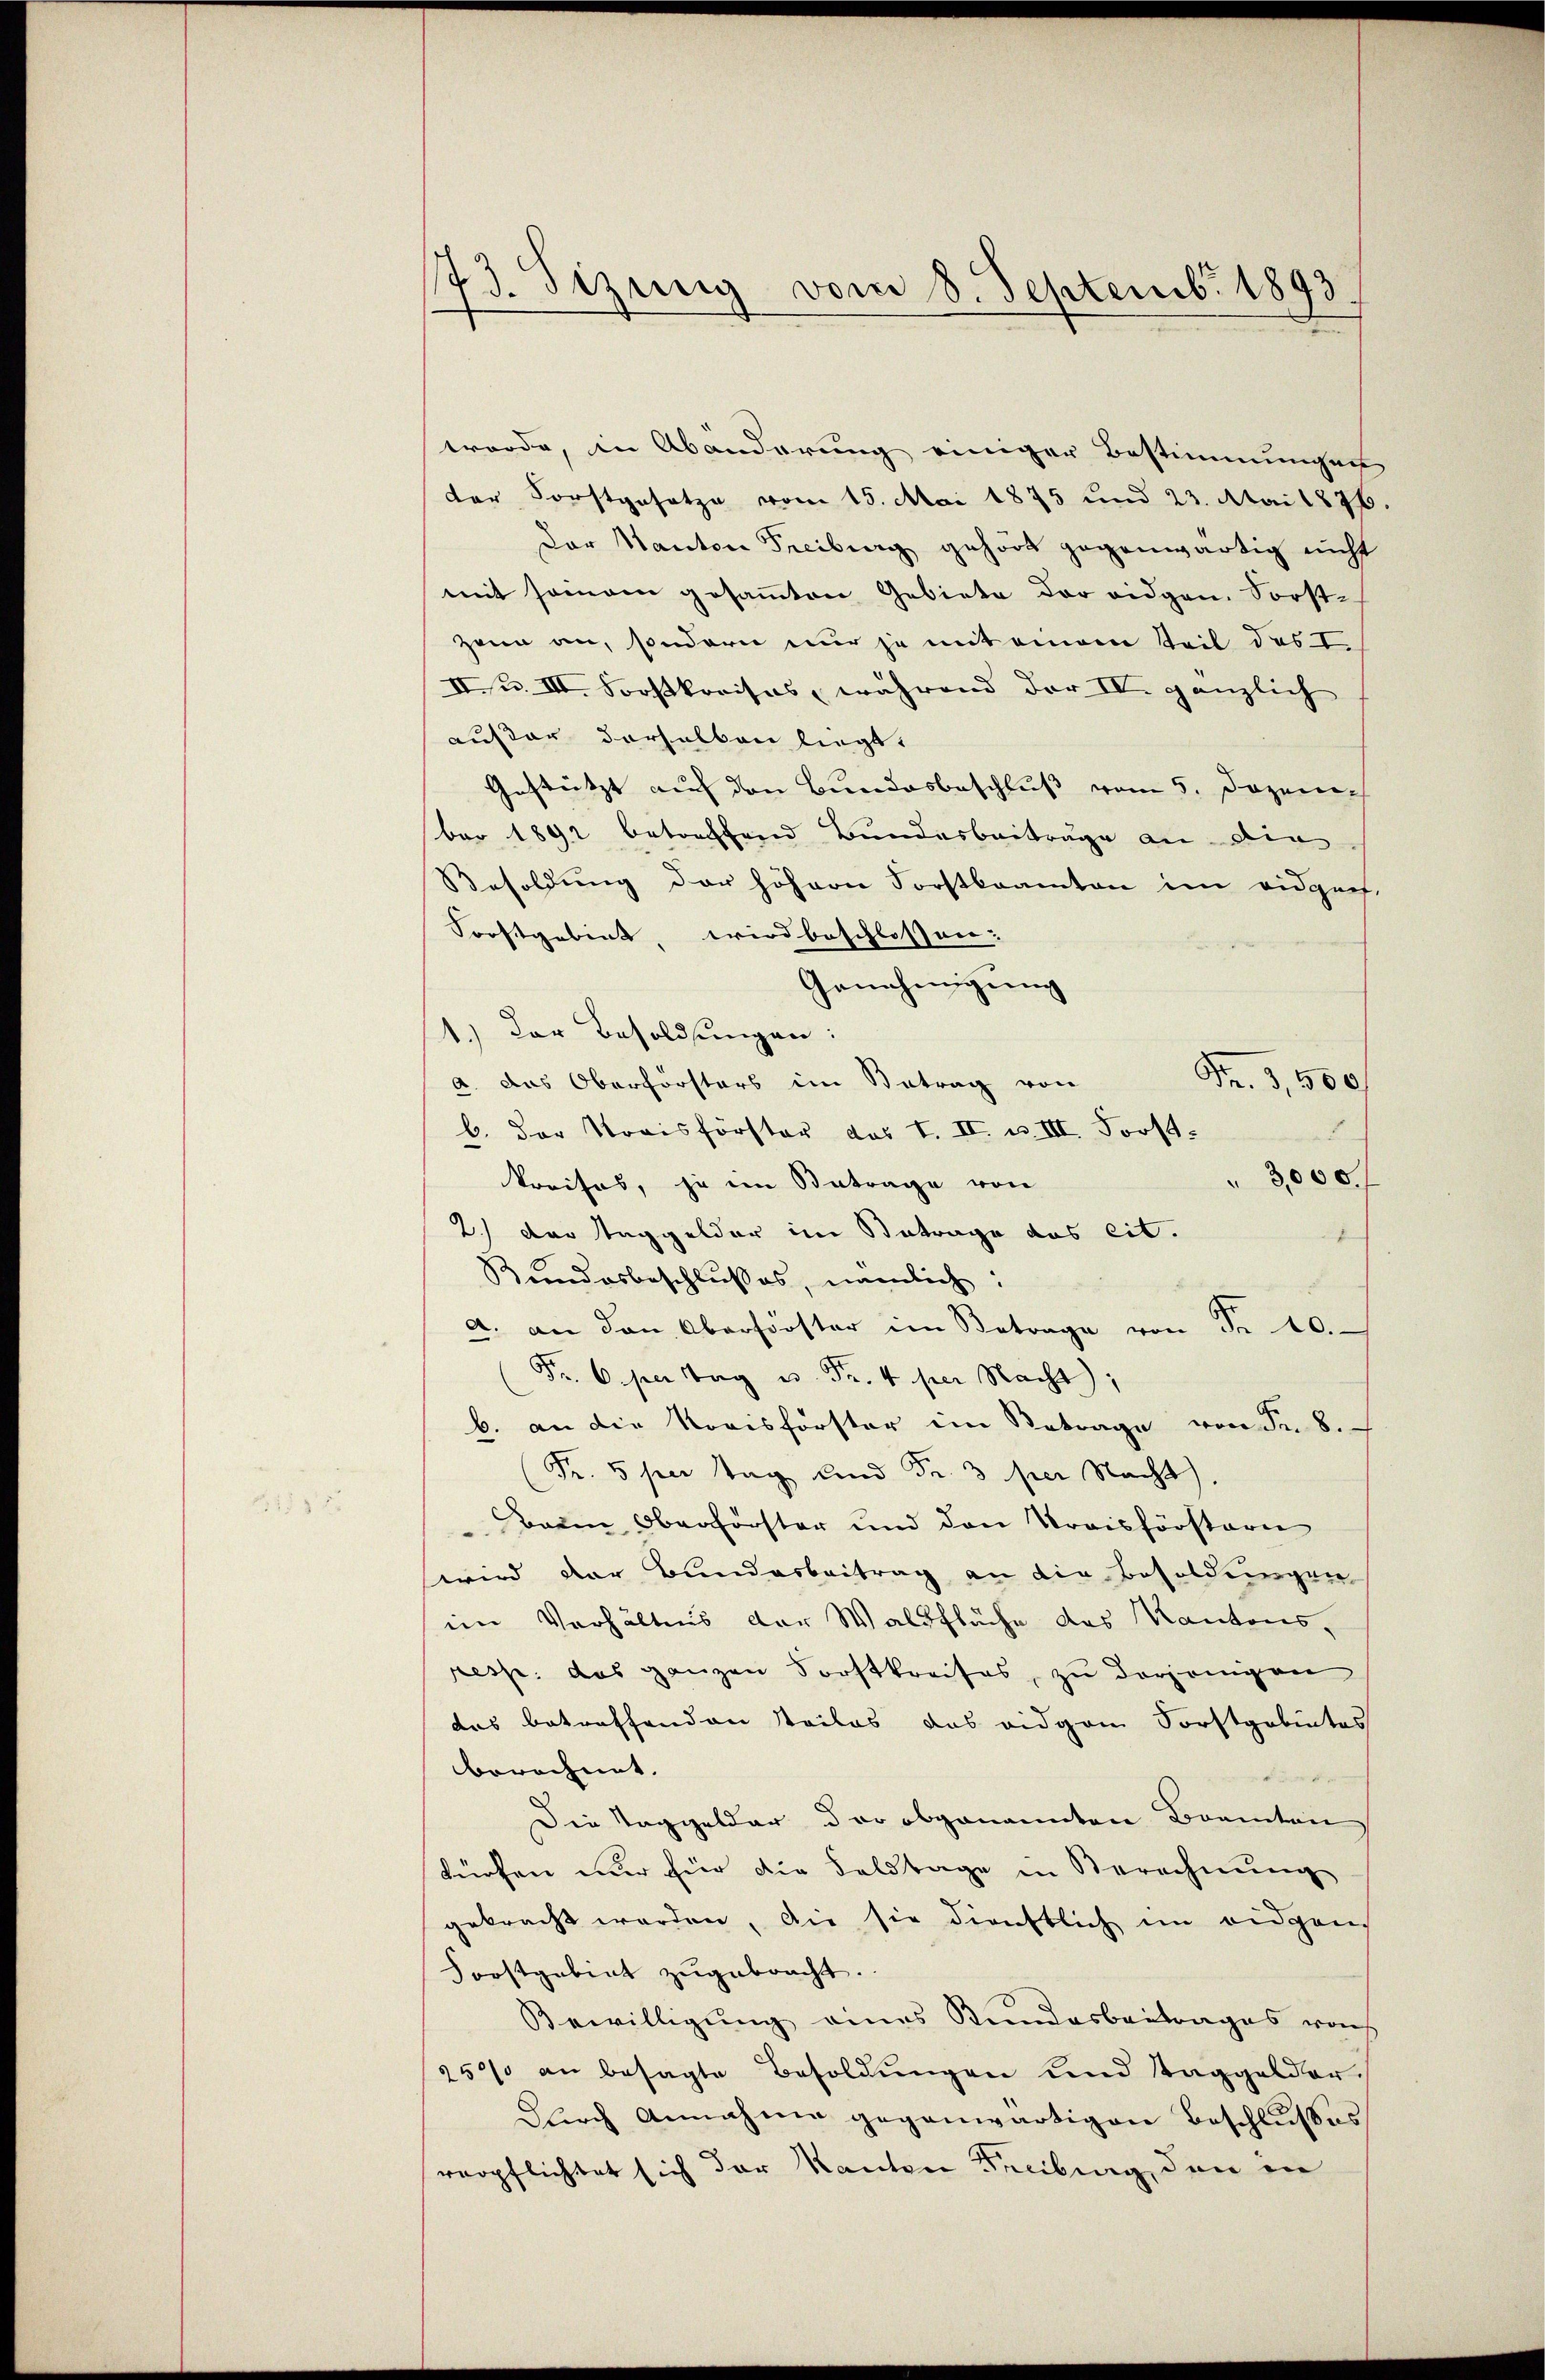
73. Sizung vom 8. Septemb. 1893.

werde, in Abänderung einiger Bestimmungen
der Forstgesetze vom 15. Mai 1875 und 23. Mai 1876.
Dar Kanton Freiburg gehört gegenwärtig nicht
mit seinem gesamten Gebiete der eidgen. Sorstzann an, sondern nur je mit einem Teil des I
II. u. III. Forstkreises, während der IV. gänzlich
ausar derselben liegt.
Gestützt auf den Bundesbeschluß vom 5. Dezem
ber 1892 betreffend Bundesbeiträge an die
Besoldung der höhern Forstkramten im eidgen.
Forstgebiet, wird beschlossen:
Genehmigung
1.) Der Besoldungen:
Fr. 3,500
a. das Oberforsters im Betrag von
b. der Vorisförster das I. II. u. III. Forst-
" 3000.
Preises, ja im Betrage von
2.) Der Taggelder im Betrage das cit.
Bundesbeschlusses, nämlich:
a. an den Oberförster im Betrage von Fr. 10.
Fr. 6. per Tag u. Fr. 4 per Nacht);
b. an die Korisforster im Betrage von Fr. 8.
Fr. 5 per Tag und Fr. 3 per Nacht,
Beim Oberförster und den Kreisförstern
wird der Bunderbeitrag an die Besoldungen
im Verhältnis der Waldfläche das Kantons,
resp. das ganzen Forstkreises, zu derjenigen
das betreffenden Teiles das eidgen Forstgebietes
berechnet.
Die Taggelder der obgenannten Breiten
dürfen nur für die Feldtage in Berechnung
gebracht werden, die sie dienstlich im eidgen
Forstgebiet zŭgebracht.
Bewilligung eines Bundesbeitrages von
250% an besagte Besoldŭngen und Taggelder.
Durch Annahme gegenwärtigen Beschlußes
verpflichtet sich der Kanton Freiburg, den in